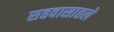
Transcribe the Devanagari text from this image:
सहवासातले